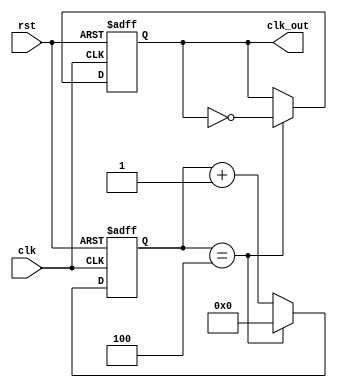
module clockDivider #(parameter n = 5 )  (input clk, rst, output reg clk_out);

    reg [31:0]count;
    always @ (posedge(clk), posedge(rst))
     begin
        if (rst)
            begin
                count <= 32'b0;
                clk_out <= 1'b0;
            end
        else
            begin
                if (count == n-1) begin
                    count <= 32'b0;
                    clk_out <= ~clk_out; end
                else begin
                    count <= count + 1;
                    clk_out <= clk_out;
                end
            end
    end
endmodule